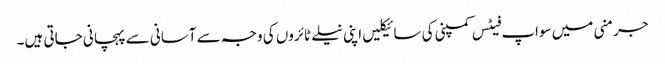
جرمنی میں سواپ فیٹس کمپنی کی سائیکلیں اپنی نیلے ٹائروں کی وجہ سے آسانی سے پہچانی جاتی ہیں۔